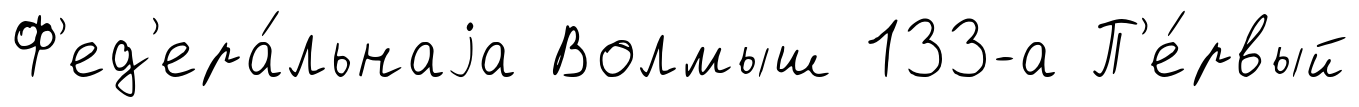
Ф'ед'ера́льнаjа Волмыш 133-а П'е́рвый